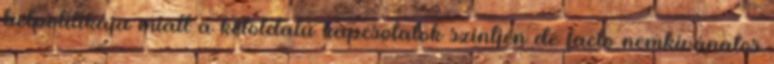
belpolitikája miatt a kétoldalú kapcsolatok szintjén de facto nemkívánatos